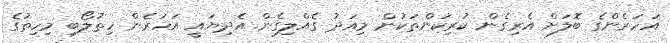
އަހަރެންގެ ބޮލަށް އެރިގެން ކުރިކަންތަކުން މިއަދު ގެއްލިގެން އެދިޔައީ އަހަރެން ހިތުލޯބި މިހިތުގެ